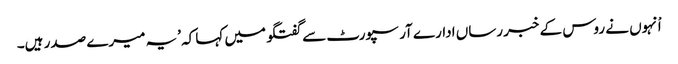
اْنہوں نے روس کے خبر رساں ادارے آر سپورٹ سے گفتگو میں کہا کہ ’یہ میرے صدر ہیں۔